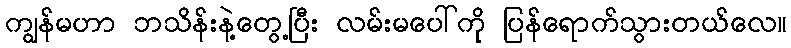
ကျွန်မဟာ ဘသိန်းနဲ့တွေ့ပြီး လမ်းမပေါ်ကို ပြန်ရောက်သွားတယ်လေ။